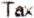
TAX